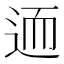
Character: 𨒩